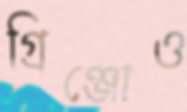
গ্রিঞ্জোও